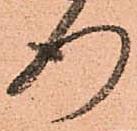
行